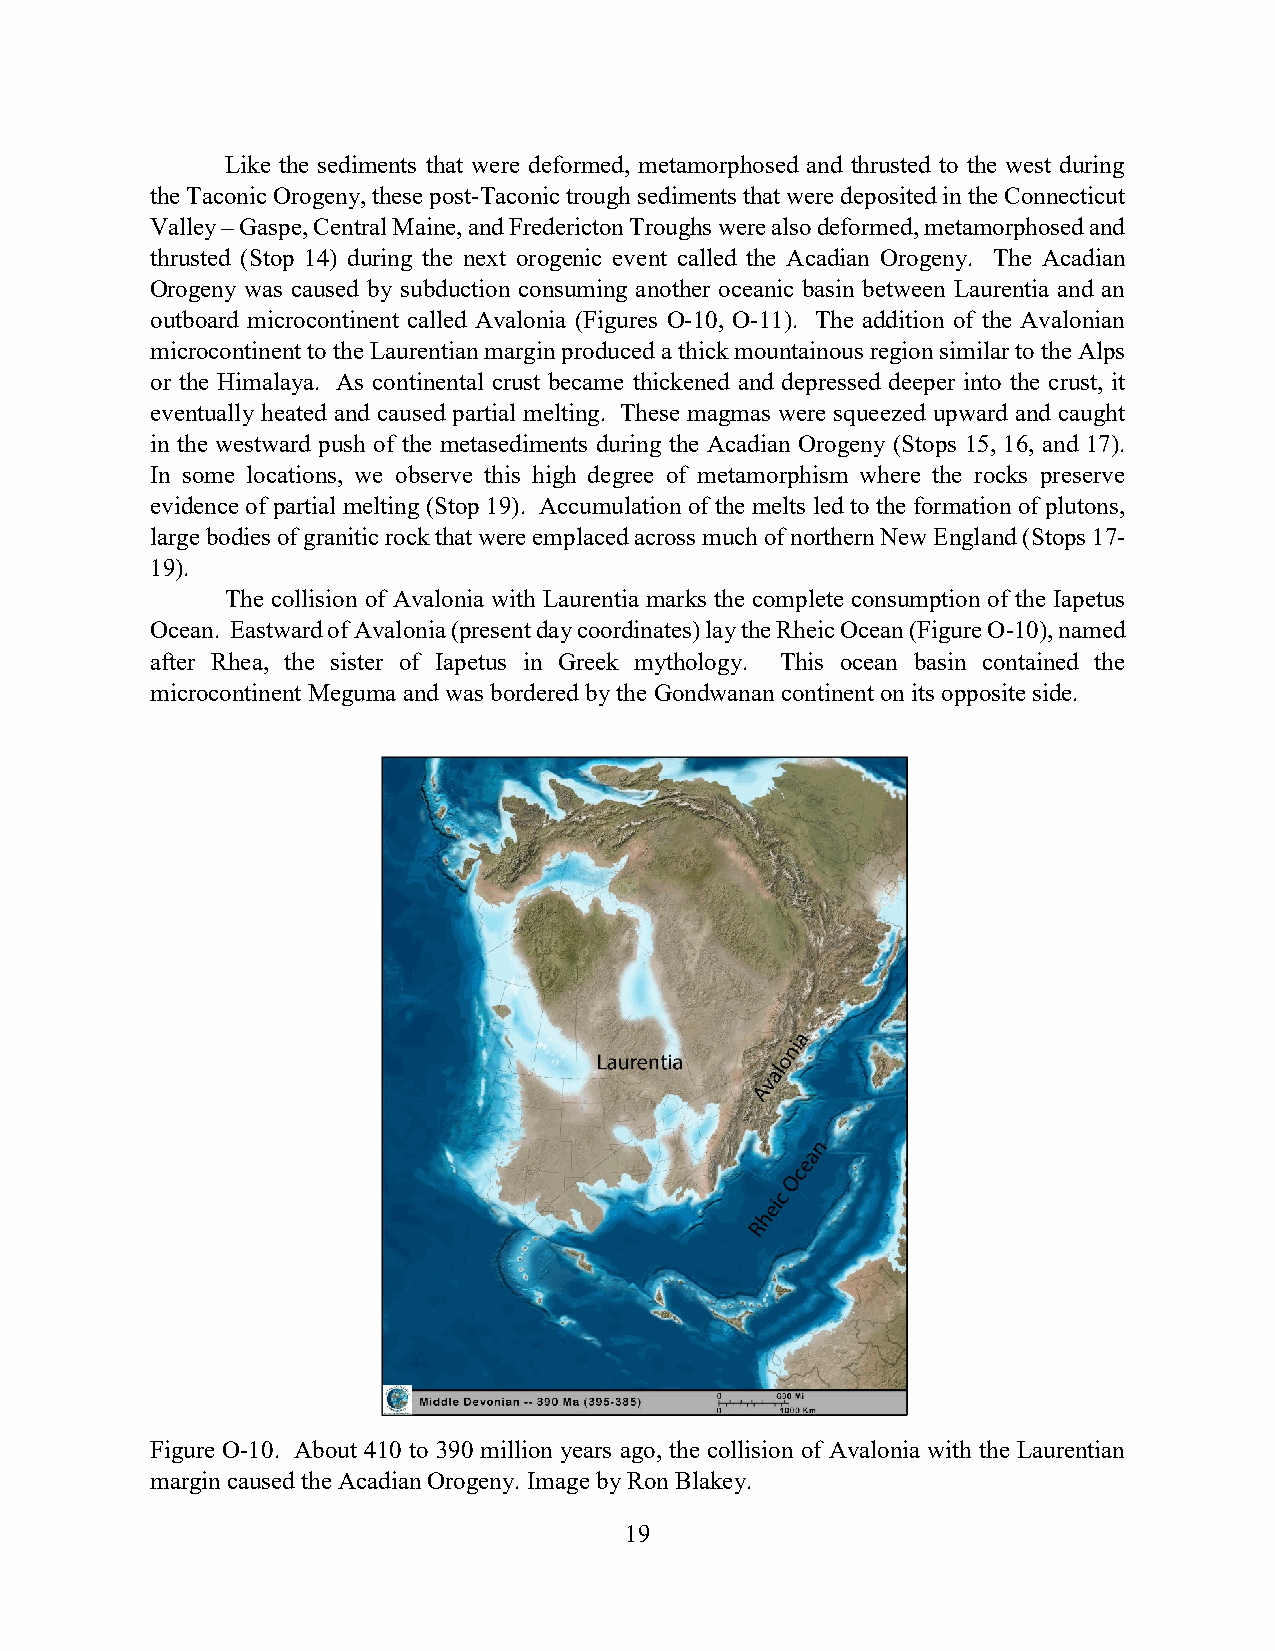
Like the sediments that were deformed, metamorphosed and thrusted to the west during
 the Taconic Orogeny, these post-Taconic trough sediments that were deposited in the Connecticut
 Valley – Gaspe, Central Maine, and Fredericton Troughs were also deformed, metamorphosed and
 thrusted (Stop 14) during the next orogenic event called the Acadian Orogeny. The Acadian
 Orogeny was caused by subduction consuming another oceanic basin between Laurentia and an
 outboard microcontinent called Avalonia (Figures O-10, O-11). The addition of the Avalonian
 microcontinent to the Laurentian margin produced a thick mountainous region similar to the Alps
 or the Himalaya. As continental crust became thickened and depressed deeper into the crust, it
 eventually heated and caused partial melting. These magmas were squeezed upward and caught
 in the westward push of the metasediments during the Acadian Orogeny (Stops 15, 16, and 17).
 In some locations, we observe this high degree of metamorphism where the rocks preserve
 evidence of partial melting (Stop 19). Accumulation of the melts led to the formation of plutons,
 large bodies of granitic rock that were emplaced across much of northern New England (Stops 17-
 19).
 The collision of Avalonia with Laurentia marks the complete consumption of the Iapetus
 Ocean. Eastward of Avalonia (present day coordinates) lay the Rheic Ocean (Figure O-10), named
 after Rhea, the sister of Iapetus in Greek mythology. This ocean basin contained the
 microcontinent Meguma and was bordered by the Gondwanan continent on its opposite side.
 Figure O-10. About 410 to 390 million years ago, the collision of Avalonia with the Laurentian
 margin caused the Acadian Orogeny. Image by Ron Blakey.
 19